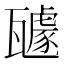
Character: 𭺥